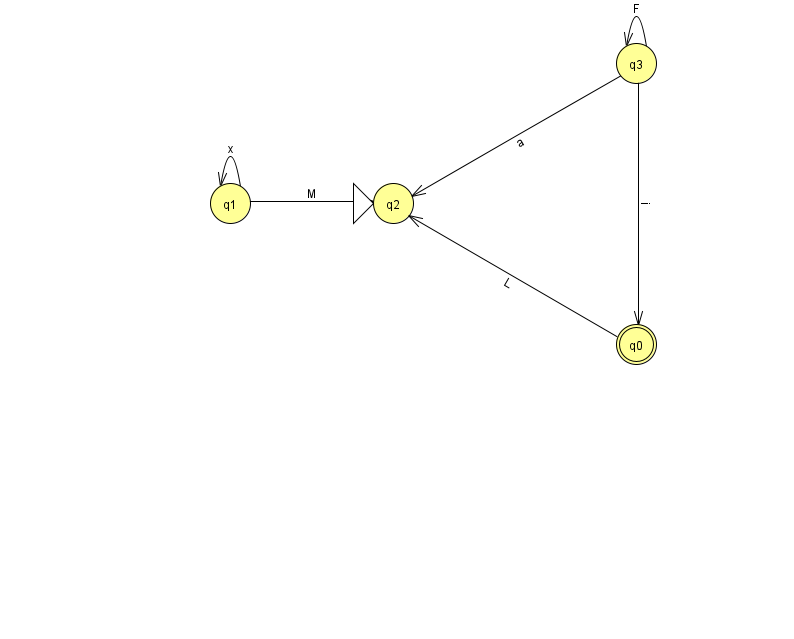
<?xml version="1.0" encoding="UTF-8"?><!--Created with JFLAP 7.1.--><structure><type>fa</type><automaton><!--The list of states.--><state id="0" name="q0"><x>636.0</x><y>331.0</y><final/></state><state id="1" name="q1"><x>230.0</x><y>190.0</y></state><state id="2" name="q2"><x>393.0</x><y>190.0</y><initial/></state><state id="3" name="q3"><x>636.0</x><y>50.0</y></state><!--The list of transitions.--><transition><from>3</from><to>0</to><read>i</read></transition><transition><from>3</from><to>3</to><read>F</read></transition><transition><from>1</from><to>1</to><read>x</read></transition><transition><from>3</from><to>2</to><read>a</read></transition><transition><from>0</from><to>2</to><read>L</read></transition><transition><from>1</from><to>2</to><read>M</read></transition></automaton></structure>